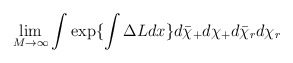
\begin{align*}\lim_{M \rightarrow \infty} \int \exp \{ \int \Delta L dx \}d \bar{\chi}_+ d \chi_+ d \bar{\chi}_rd \chi_r \end{align*}